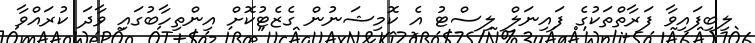
ލިބިފައިވާ ފަރާތްތަކުގެ ފައިނަލް ލިސްޓު އެ ކޮމިޝަނުން ގެޒެޓުކޮށް އިންތިހާބުގައި ވާދަ ކުރައްވާ